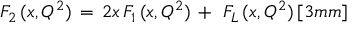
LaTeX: F _ { 2 } \, ( x , Q ^ { 2 } ) \, = \, 2 x \, F _ { 1 } \, ( x , Q ^ { 2 } ) \, + \, \, F _ { L } \, ( x , Q ^ { 2 } ) \, [ 3 m m ]